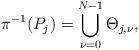
LaTeX: \begin{align*}\pi^{-1}(P_{j})=\bigcup\limits_{\nu=0}^{N-1}\Theta_{j,\nu},\end{align*}